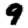
Digit: 9